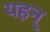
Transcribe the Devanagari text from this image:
यहन्